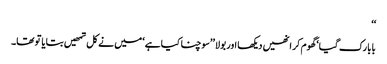
‘‘
بابا رک گیا‘ گھوم کر انھیں دیکھا اور بولا ’’سوچنا کیا ہے‘ میں نے کل تمھیں بتایا تو تھا۔